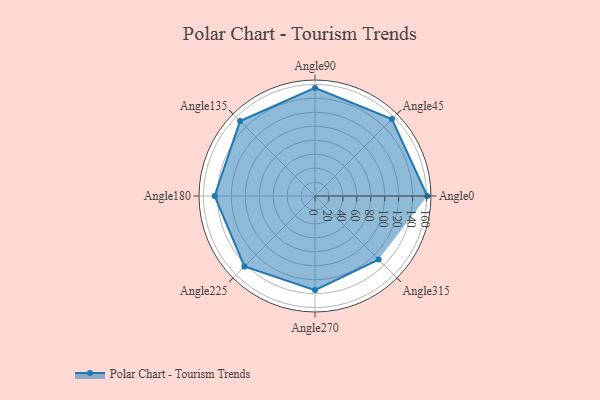
{"axis": {"x": "Angle", "y": "Radius"}, "legend": [""], "data": [{"x": "Angle0", "y": 161.0, "type": ""}, {"x": "Angle45", "y": 156.0, "type": ""}, {"x": "Angle90", "y": 155.0, "type": ""}, {"x": "Angle135", "y": 152.0, "type": ""}, {"x": "Angle180", "y": 144.0, "type": ""}, {"x": "Angle225", "y": 143.0, "type": ""}, {"x": "Angle270", "y": 135.0, "type": ""}, {"x": "Angle315", "y": 129.0, "type": ""}]}